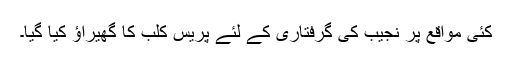
کئی مواقع پر نجیب کی گرفتاری کے لئے پریس کلب کا گھیراﺅ کیا گیا۔